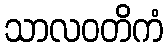
သာလဝတိကံ